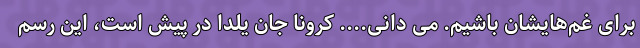
برای غم‌هایشان باشیم. می دانی.... کرونا جان یلدا در پیش است، این رسم